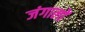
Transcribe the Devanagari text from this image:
जंगालों